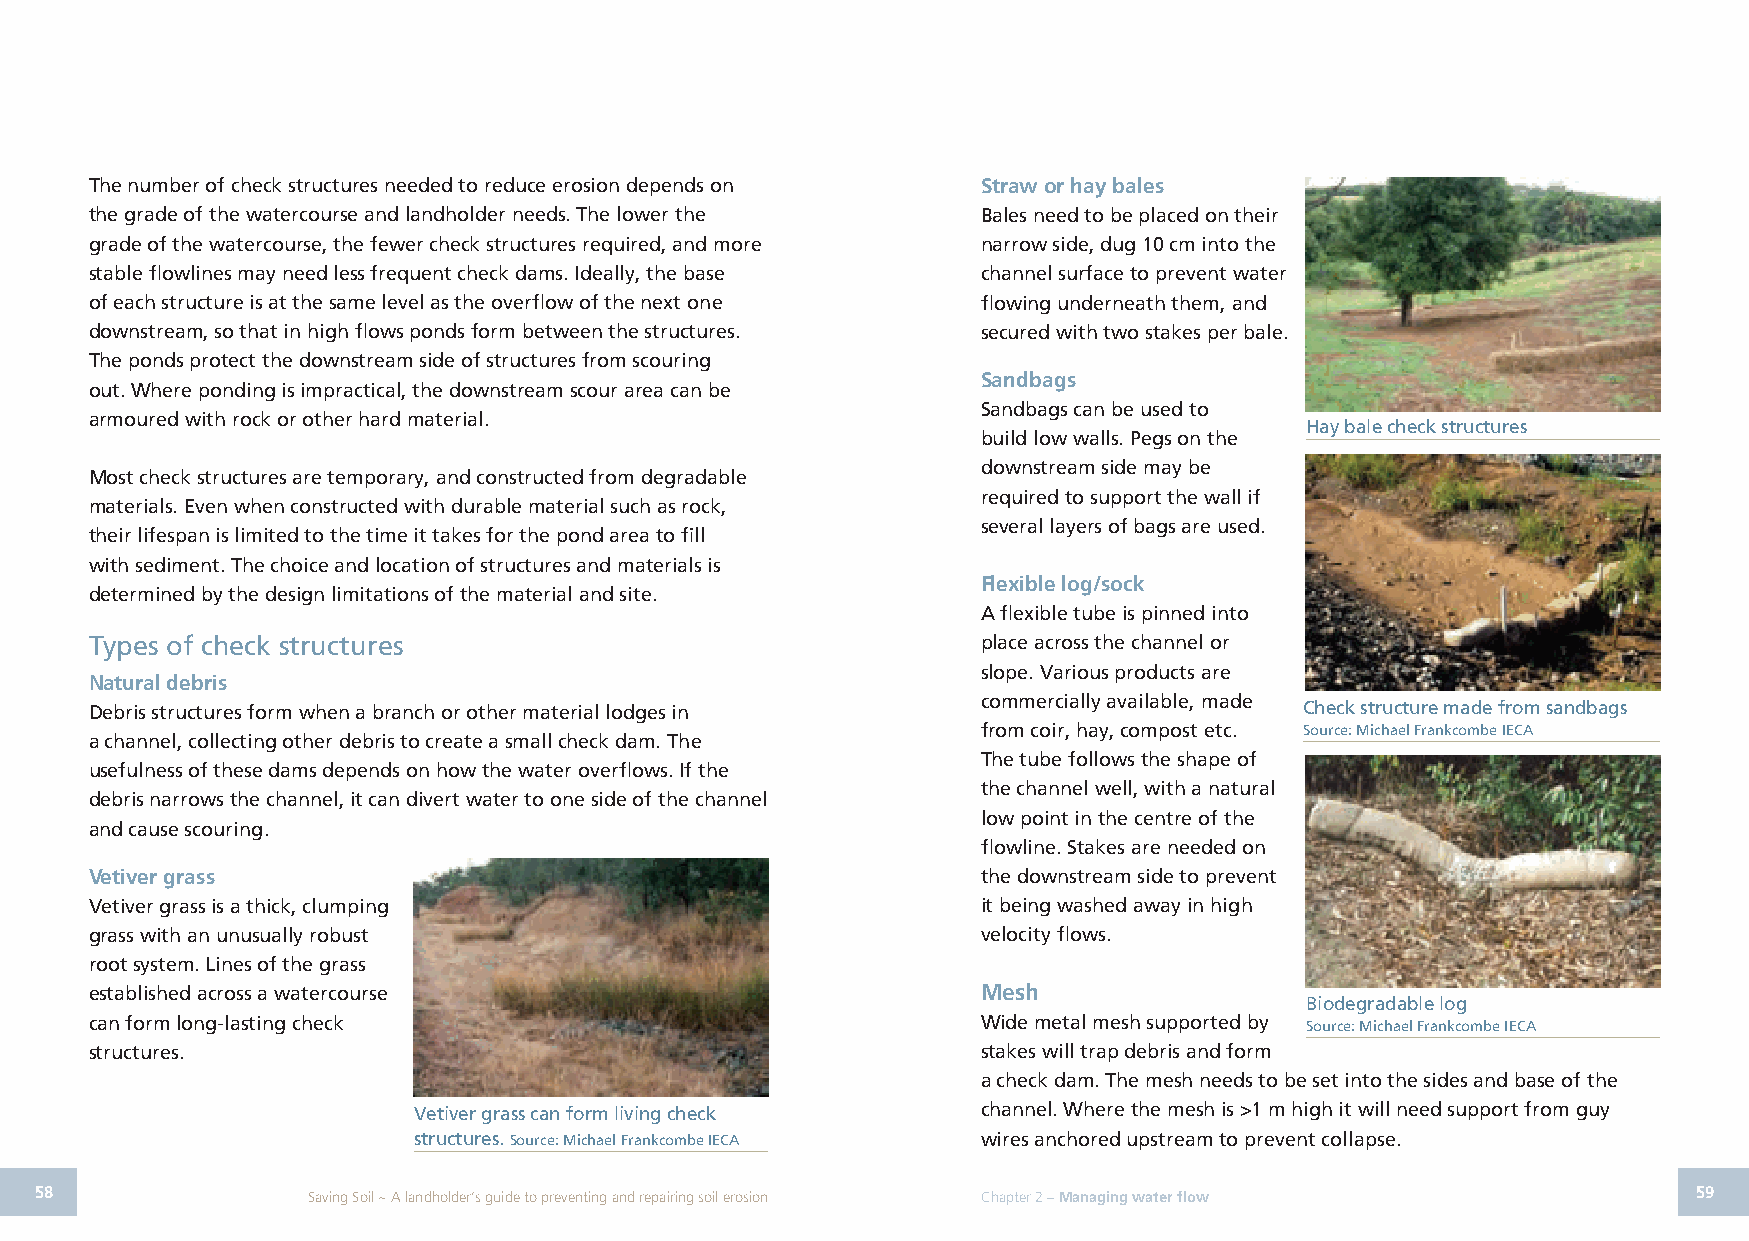
The number of check structures needed to reduce erosion depends on Straw or hay bales
 the grade of the watercourse and landholder needs. The lower the Bales need to be placed on their
 grade of the watercourse, the fewer check structures required, and more narrow side, dug 10 cm into the
 stable flowlines may need less frequent check dams. Ideally, the base channel surface to prevent water
 of each structure is at the same level as the overflow of the next one flowing underneath them, and
 downstream, so that in high flows ponds form between the structures. secured with two stakes per bale.
 The ponds protect the downstream side of structures from scouring
 Sandbags
 out. Where ponding is impractical, the downstream scour area can be
 Sandbags can be used to
 armoured with rock or other hard material.
 Hay bale check structures
 build low walls. Pegs on the
 downstream side may be
 Most check structures are temporary, and constructed from degradable
 required to support the wall if
 materials. Even when constructed with durable material such as rock,
 several layers of bags are used.
 their lifespan is limited to the time it takes for the pond area to fill
 with sediment. The choice and location of structures and materials is
 Flexible log/sock
 determined by the design limitations of the material and site.
 A flexible tube is pinned into
 Types of check structures                                  place across the channel or
 slope. Various products are
 Natural debris
 commercially available, made
 Debris structures form when a branch or other material lodges in                Check structure made from sandbags
 from coir, hay, compost etc. Source: Michael Frankcombe IECA
 a channel, collecting other debris to create a small check dam. The
 The tube follows the shape of
 usefulness of these dams depends on how the water overflows. If the
 the channel well, with a natural
 debris narrows the channel, it can divert water to one side of the channel
 low point in the centre of the
 and cause scouring.
 flowline. Stakes are needed on
 Vetiver grass                                              the downstream side to prevent
 Vetiver grass is a thick, clumping                         it being washed away in high
 grass with an unusually robust                             velocity flows.
 root system. Lines of the grass
 established across a watercourse                           Mesh
 Biodegradable log
 can form long-lasting check                                Wide metal mesh supported by Source: Michael Frankcombe IECA
 structures.                                                stakes will trap debris and form
 a check dam. The mesh needs to be set into the sides and base of the
 Vetiver grass can form living check   channel. Where the mesh is >1 m high it will need support from guy
 structures. Source: Michael Frankcombe IECA wires anchored upstream to prevent collapse.
 58                Saving Soil ~ A landholder’s guide to preventing and repairing soil erosion Chapter 2 – Managing water flow 59